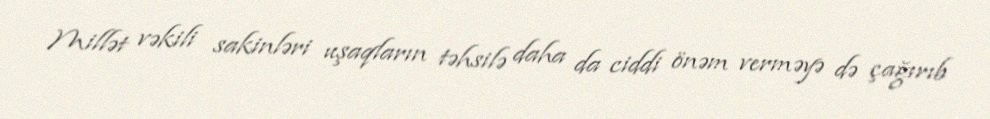
Millət vəkili sakinləri uşaqların təhsilə daha da ciddi önəm verməyə də çağırıb